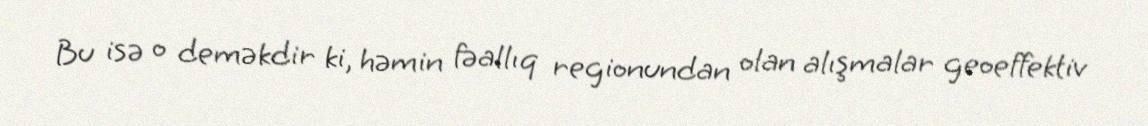
Bu isə o deməkdir ki, həmin fəallıq regionundan olan alışmalar geoeffektiv